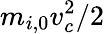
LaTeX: m_{i,0}v_{c}^{2}/2